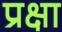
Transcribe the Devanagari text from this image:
प्रक्षा